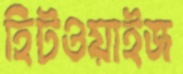
হিটওয়াইজ